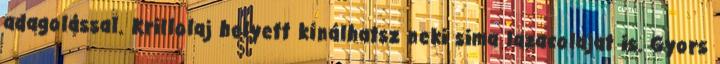
adagolással. Krillolaj helyett kínálhatsz neki sima lazacolajat is. Gyors